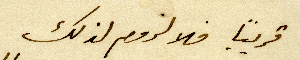
قريباً فلا لزوم لذلك